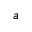
a